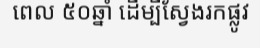
ពេល ៥០ឆ្នាំ ដើម្បីស្វែងរកផ្លូវ